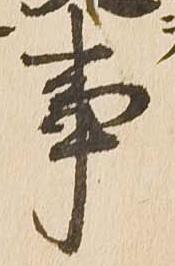
事